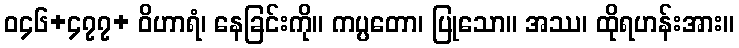
ဝ၄၆+၄၇၇+ ဝိဟာရံ၊ နေခြင်းကို။ ကပ္ပတော၊ ပြုသော။ အဿ၊ ထိုရဟန်းအား။